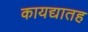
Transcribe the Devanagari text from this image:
कायद्यातह